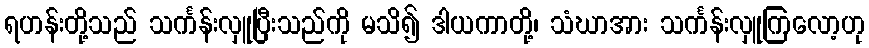
ရဟန်းတို့သည် သင်္ကန်းလှူပြီးသည်ကို မသိ၍ ဒါယကာတို့၊ သံဃာအား သင်္ကန်းလှူကြလော့ဟု